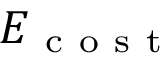
E _ { \mathrm { ~ c ~ o ~ s ~ t ~ } }